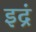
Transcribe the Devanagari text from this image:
इद्रं